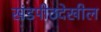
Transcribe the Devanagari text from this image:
खंडपीठदेखील